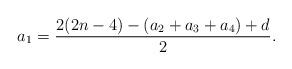
LaTeX: \begin{align*}a_1=\frac{2(2n-4)-(a_2+a_3+a_4)+d}{2}.\end{align*}